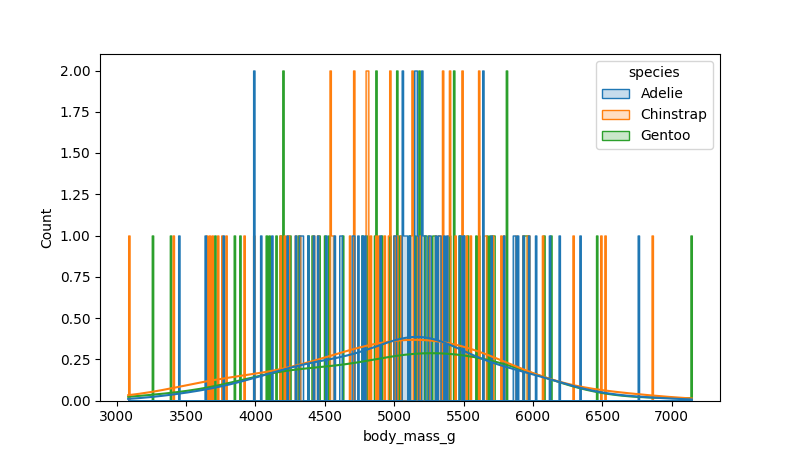
python, seaborn, histplot, hue='species', binwidth=10, bins='10', element='step'